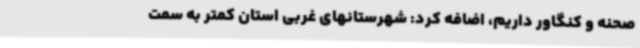
صحنه و کنگاور داریم، اضافه کرد: شهرستانهای غربی استان کمتر به سمت